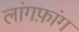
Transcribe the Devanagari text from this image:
लांगफ़ांग